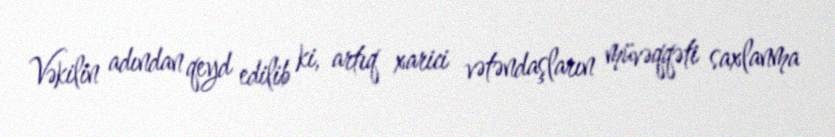
Vəkilin adından qeyd edilib ki, artıq xarici vətəndaşların müvəqqəti saxlanma